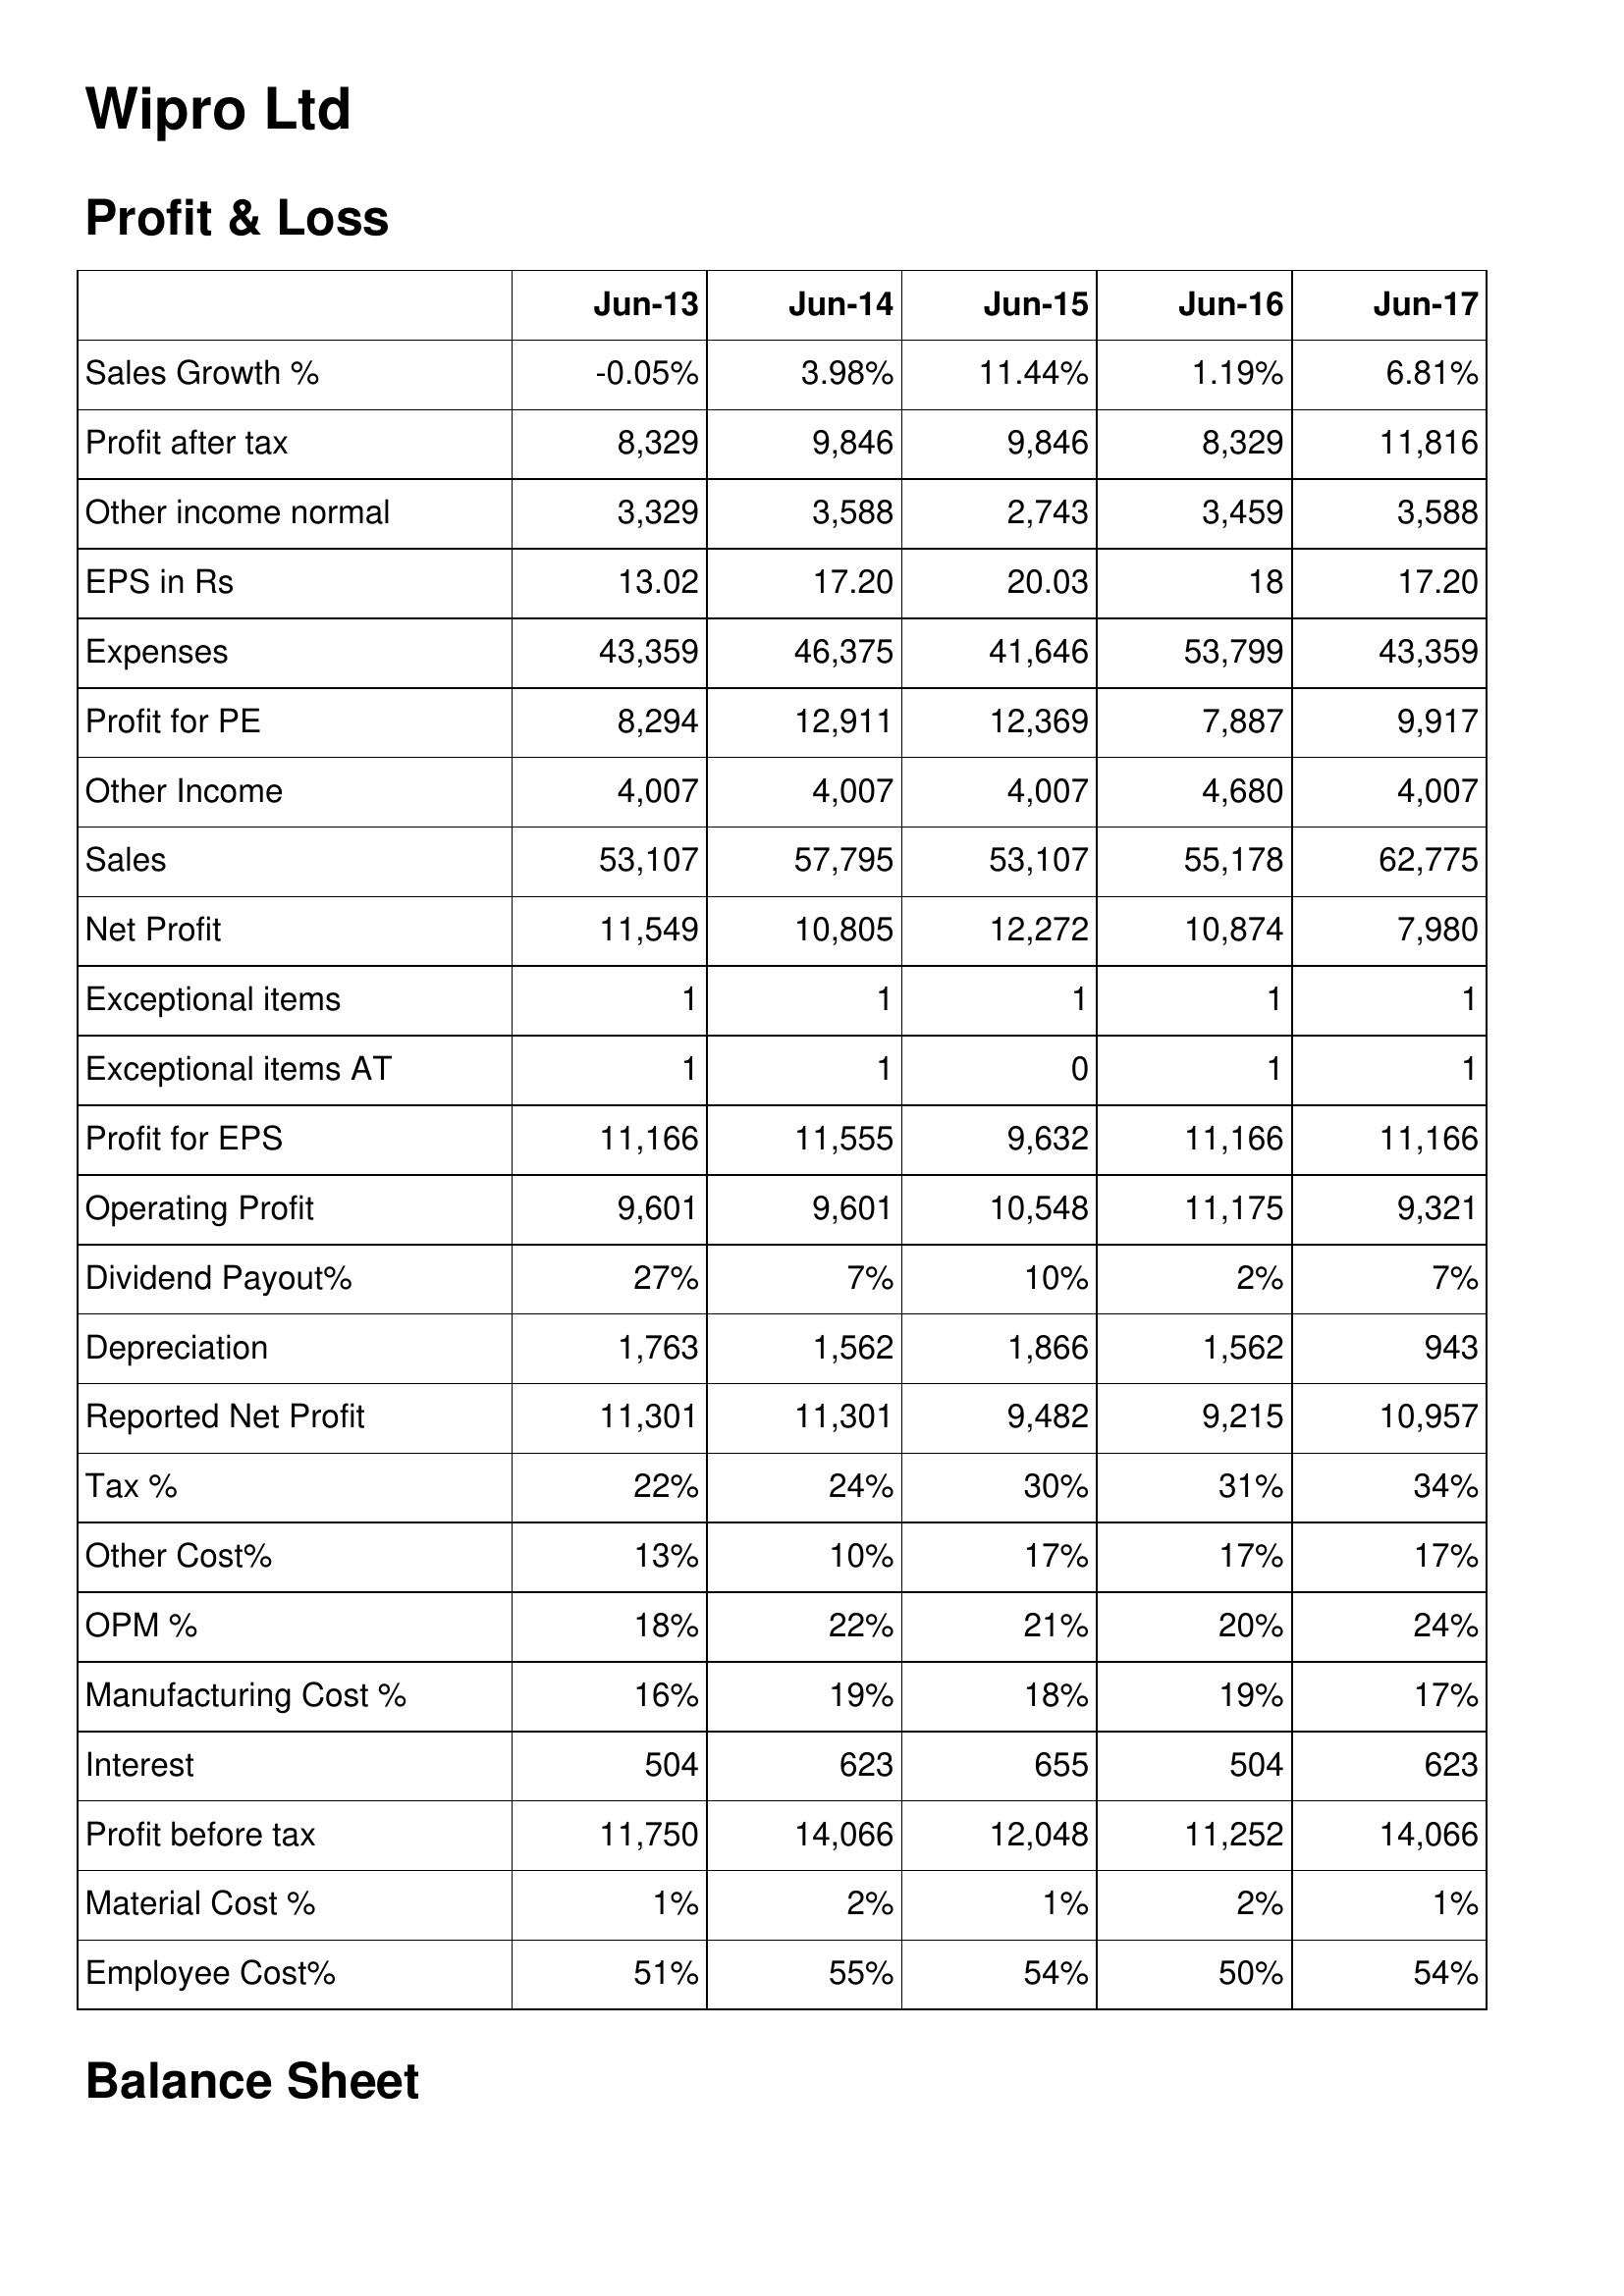
Jun-13: Profit & Loss: Sales Growth %: -0.05%
Profit after tax: 8,329
Other income normal: 3,329
EPS in Rs: 13.02
Expenses: 43,359
Profit for PE: 8,294
Other Income: 4,007
Sales: 53,107
Net Profit: 11,549
Exceptional items: 1
Exceptional items AT: 1
Profit for EPS: 11,166
Operating Profit: 9,601
Dividend Payout%: 27%
Depreciation: 1,763
Reported Net Profit: 11,301
Tax %: 22%
Other Cost%: 13%
OPM %: 18%
Manufacturing Cost %: 16%
Interest: 504
Profit before tax: 11,750
Material Cost %: 1%
Employee Cost%: 51%
Jun-14: Profit & Loss: Sales Growth %: 3.98%
Profit after tax: 9,846
Other income normal: 3,588
EPS in Rs: 17.20
Expenses: 46,375
Profit for PE: 12,911
Other Income: 4,007
Sales: 57,795
Net Profit: 10,805
Exceptional items: 1
Exceptional items AT: 1
Profit for EPS: 11,555
Operating Profit: 9,601
Dividend Payout%: 7%
Depreciation: 1,562
Reported Net Profit: 11,301
Tax %: 24%
Other Cost%: 10%
OPM %: 22%
Manufacturing Cost %: 19%
Interest: 623
Profit before tax: 14,066
Material Cost %: 2%
Employee Cost%: 55%
Jun-15: Profit & Loss: Sales Growth %: 11.44%
Profit after tax: 9,846
Other income normal: 2,743
EPS in Rs: 20.03
Expenses: 41,646
Profit for PE: 12,369
Other Income: 4,007
Sales: 53,107
Net Profit: 12,272
Exceptional items: 1
Exceptional items AT: 0
Profit for EPS: 9,632
Operating Profit: 10,548
Dividend Payout%: 10%
Depreciation: 1,866
Reported Net Profit: 9,482
Tax %: 30%
Other Cost%: 17%
OPM %: 21%
Manufacturing Cost %: 18%
Interest: 655
Profit before tax: 12,048
Material Cost %: 1%
Employee Cost%: 54%
Jun-16: Profit & Loss: Sales Growth %: 1.19%
Profit after tax: 8,329
Other income normal: 3,459
EPS in Rs: 18
Expenses: 53,799
Profit for PE: 7,887
Other Income: 4,680
Sales: 55,178
Net Profit: 10,874
Exceptional items: 1
Exceptional items AT: 1
Profit for EPS: 11,166
Operating Profit: 11,175
Dividend Payout%: 2%
Depreciation: 1,562
Reported Net Profit: 9,215
Tax %: 31%
Other Cost%: 17%
OPM %: 20%
Manufacturing Cost %: 19%
Interest: 504
Profit before tax: 11,252
Material Cost %: 2%
Employee Cost%: 50%
Jun-17: Profit & Loss: Sales Growth %: 6.81%
Profit after tax: 11,816
Other income normal: 3,588
EPS in Rs: 17.20
Expenses: 43,359
Profit for PE: 9,917
Other Income: 4,007
Sales: 62,775
Net Profit: 7,980
Exceptional items: 1
Exceptional items AT: 1
Profit for EPS: 11,166
Operating Profit: 9,321
Dividend Payout%: 7%
Depreciation: 943
Reported Net Profit: 10,957
Tax %: 34%
Other Cost%: 17%
OPM %: 24%
Manufacturing Cost %: 17%
Interest: 623
Profit before tax: 14,066
Material Cost %: 1%
Employee Cost%: 54%